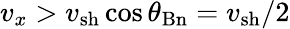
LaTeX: v_{x}>v_{\mathrm{{sh}}}\cos\theta_{\mathrm{Bn}}=v_{\mathrm{{sh}}}/2